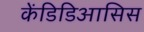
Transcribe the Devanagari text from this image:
केंडिडिआसिस